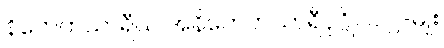
နိကေတသာရီယ အနိကေတသာရီပုဂ္ဂိုလ် ၂-မျိုး